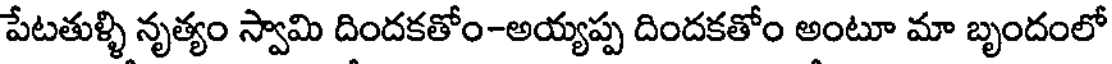
పేటతుళ్ళి నృత్యం స్వామి దిందకతోం-అయ్యప్ప దిందకతోం అంటూ మా బృందంలో